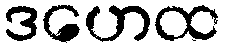
ဒဟေထ